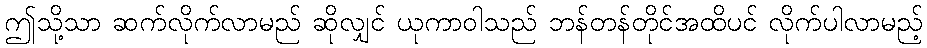
ဤသို့သာ ဆက်လိုက်လာမည် ဆိုလျှင် ယုကာဝါသည် ဘန်တန်တိုင်အထိပင် လိုက်ပါလာမည့်